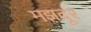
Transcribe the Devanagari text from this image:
मझदूर